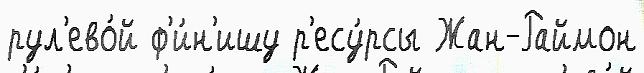
рул'ево́й ф'и́н'ишу р'есу́рсы Жан-Раймон